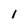
Character: 1